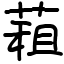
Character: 蒩